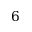
6